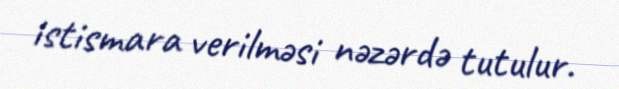
istismara verilməsi nəzərdə tutulur.